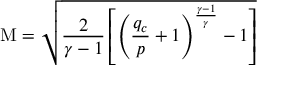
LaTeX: \mathrm { M } = { \sqrt { { \frac { 2 } { \gamma - 1 } } \left[ \left( { \frac { q _ { c } } { p } } + 1 \right) ^ { \frac { \gamma - 1 } { \gamma } } - 1 \right] } }